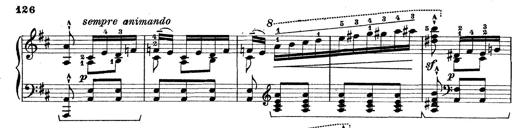
Title: Rapsodie: 19 ungheresi, 1 spagnuola
Composer: Franz Liszt